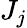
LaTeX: J_{j}